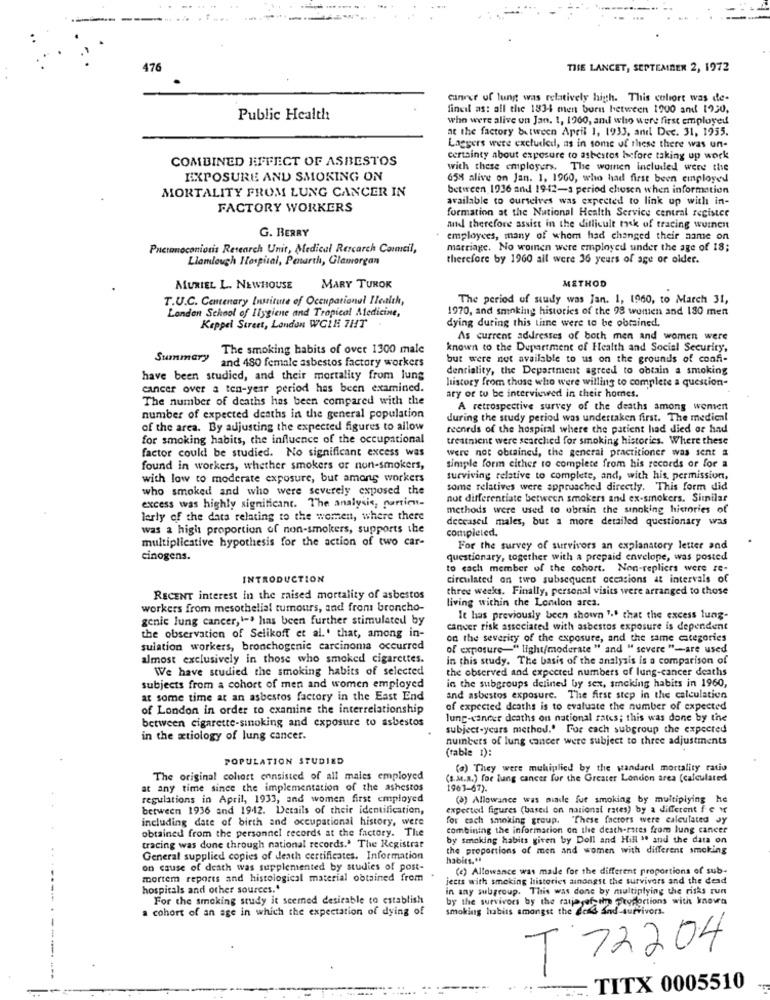
476
THE LANCET, SEPTEMBER 2, 1972
canner of lung was relatively high. This colore was de-
fineil as: all the 1834 ment born between 1900 and 1920,
Public Health
who were alive on Jan. 1, 1960, and who were first employed
at the factory between April 1, 1933, and Dec. 31, 1955.
Laegers were excluded, as in some of these there was un-
COMBINED EFFECT OF ASBESTOS
certainty about exposure to asbestos before taking up work
with these employers. The women included were the
EXPOSURE AND SMOKING ON
658 alive on Jan. 1, 1960, who had first been employed
MORTALITY FROM LUNG CANCER IN
between 1936 and 19-42-a period chosen when information
available to ourselves was expected to link up with in-
FACTORY WORKERS
formation at the National Health Service central registce
G. BERRY
and therefore assist in the difficult task of tracing women
employees, many of whom had changed their name on
Puctanoconiosis Research Unit, Medical Rescarch Council,
marriage. No women were employed under the age of 18;
Liamlough Hospital, Penarth, Glamorgan
therefore by 1960 all were 36 years of age or older.
METHOD
MURIEL L. NEWHOUSE
MARY TUROK
T.U.C. Centenary Institute of Occupational Ilealth,
The period of study was Jan. 1, 1960, to March 31,
1970, and smoking histories of the 98 women and 180 men
London School of Ilygiene and Tropical Medicine,
Keppel Street, London WCIN 7HT .
dying during this time were to be obtained,
As current addresses of both men and women were
The smoking habits of over 1300 male
known to the Department of Health and Social Security,
Summary
and 480 female asbestos factory workers
but were not available to us on the grounds of confi-
dentiality, the Department agreed to obtain a smoking
have been studied, and their mortality from lung
history from those who were willing to complete a question-
cancer over a ten-year period has been examined.
The number of deaths has been compared with the
ary or to be interviewed in their homes.
A retrospective survey of the deaths among wentent
number of expected deaths in the general population
during the study period was undertaken first. The medical
of the area. By adjusting the expected figures to allow
reenrds of the hospital where the patient had died or had
for smoking habits, the influence of the occupational
treatment were searched for smoking histories. Where these
factor could be studied. No significant excess was
were not obtained, the general practitioner was sent a
found in workers, whether smokers or non-smokers,
simple form cither to complete from his records or for a
with low to moderate exposure, but amons workers
surviving relative to complete, and, with his, permission,
who smoked and who were severely exposed the
some relatives were approached directly. This form did
not differentiate between smokers and ex-smokers. Similar
excess was highly significant. The analysis, partien-
methods were used to obrain the sinnking histories of
lerly of the data relating to the women, where there
deccaseil males, but a more detailed questionary was
was a hight proportion of non-smokers, supports the
completed.
multiplicative hypothesis for the action of two car-
For the survey of survivors an explanatory letter and
cinogens.
questionary, together with a prepaid envelope, was posted
to each member of the cohort. Non-repliers were ze-
INTRODUCTION
circulated an two subsequent occasions at intervals of
three weeks. Finally, personal visits were arranged to those
RECENT interest in the raised mortality of asbestos
living within the Lomlon arca.
workers from mesothelial tumours, and from broncho-
genic lung cancer,1 -. has been further stimulated by
It has previously been shown 1.º that the excess lung-
cancer risk associated with asbestos exposure is dependent
the observation of Selikoff et al.' that, among in-
on the severity of the exposure, and the same categories
sulation workers, bronchogenic carcinoma occurred
of exposure-" light/moderate " and " severe "-are used
almost exclusively in those who smoked cigarettes.
in this study. The basis of the analysis is a comparison of
We have studied the smoking habits of selected
the observed and expected numbers of lung-cancer deaths
subjects from a cohort of men and women employed
in the subgroups delined by sex, smoking habits in 1960,
at some time at an asbestos factory in the East End
and asbestos exposure. The first step in the calculation
of London in order to examine the interrelationship
of expected deaths is to evaluate the number of expected
between cigarette-sinoking and exposure to asbestos
lung-cancer deaths on national rates; this was done by the
subject-yeurs method.' For each subgroup the expected
in the xtiology of lung cancer.
numbers of lung cancer were subject to three adjustments
(table 1):
POPULATION STUDIED
(a) They were muhiplied by the wandand mortality ratio
The original cohort consisted of all males employed
(s.M.B.) for lung cancer for the Greater London area (calculated
at any time since the implementation of the ashestos
1963-67).
regulations in April, 1933, and women first employed
(8) Allowance was made for smoking by multiplying he
between 1936 and 1942. Details of their identification,
expected figures (based on national rates) by a different fe ve
including date of birth and occupational history, were
for cach smoking group. "These factors were calculated Jy
obtained from the personnel records at the factory. The
combining the information on the death-rates from lung cancer
by smoking habits given by Doll and Hill " and the data on
tracing was done through national records.ª The Registrar
the proportions of men and women with different smoking
General supplied copies of death certificates. Information
habits.+
on cause of death was supplemented by studies of post-
(e) Allowance was made for the different proportions of sub-
mortem reports and histological material obtained from
jects with smoking histories amongst the survivors and the dead
hospitals and other sources."
in any subgroup. This was done by multiplying the risks run
For the smoking study it seemed desirable to establish
by the survivors by the ranjasefilm
a cohort of an age in which the expectation of dying of
smoking habits amongst the dens Sad survivors.
saw Proportions with knowa
T 72204
TITX 0005510